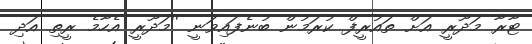
ޓާރާ މަދޫރީ އަށް ތައުރީފް ކުރަމުން ބުނެފައިވަނީ ''މަދޫރީ އެހާމެ ރީތި އަދި